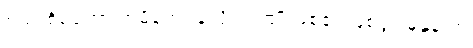
စည်းစိမ်တော် အမိန့်တစ်ခုလို အကျိုးဖြစ်၏ ဖြစ်ပွားမှုနှုန်းက